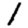
Digit: 1